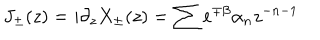
J _ { \pm } ( z ) = i \partial _ { z } X _ { \pm } ( z ) = \sum e ^ { \mp \beta } \alpha _ { n } z ^ { - n - 1 }